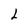
Character: L